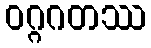
ဝဂ္ဂဂတဿ